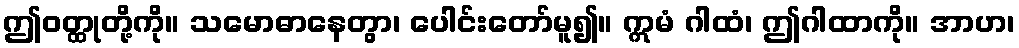
ဤဝတ္ထုတို့ကို။ သမောဓာနေတွာ၊ ပေါင်းတော်မူ၍။ ဣမံ ဂါထံ၊ ဤဂါထာကို။ အာဟ၊